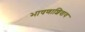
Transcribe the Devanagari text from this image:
भाषणाशिवाय